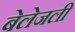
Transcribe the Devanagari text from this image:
बेलेजली